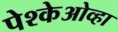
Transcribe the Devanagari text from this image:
पेश्केओव्हा